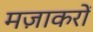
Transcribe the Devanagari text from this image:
मज़ाकरों